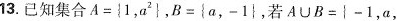
13.已知集合$$A = { 1 ， a ^ { 2 } }$$，$$B = { a ， - 1 }$$，若$$A \cup B = { - 1 ， a ，